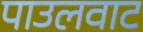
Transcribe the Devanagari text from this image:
पाउलवाट